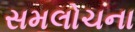
સમલોચના